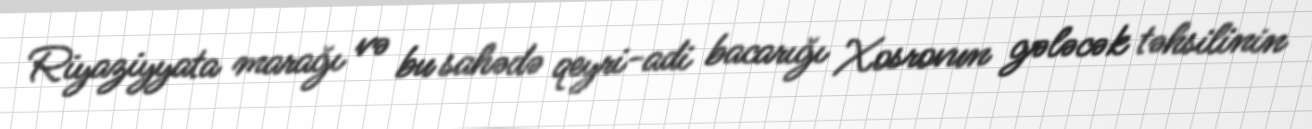
Riyaziyyata marağı və bu sahədə qeyri-adi bacarığı Xosrovun gələcək təhsilinin